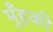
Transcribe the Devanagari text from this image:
मुँहकी